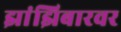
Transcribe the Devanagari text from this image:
झांझिबारवर